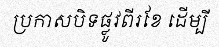
ប្រកាសបិទផ្លូវពីរខែ ដើម្បី